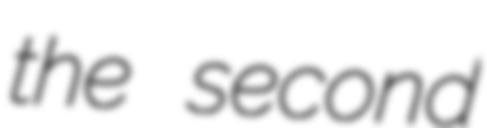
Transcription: the second